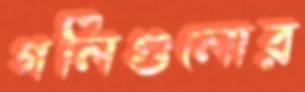
গলিগুলোর